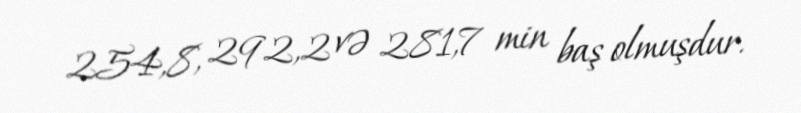
254,8, 292,2 və 281,7 min baş olmuşdur.